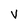
Character: v